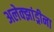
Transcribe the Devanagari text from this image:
अलेक्झांड्रीना